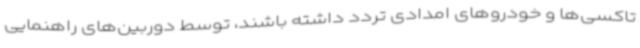
تاکسی‌ها و خودروهای امدادی تردد داشته باشند، توسط دوربین‌های راهنمایی